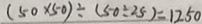
( 5 0 \times 5 0 ) \div ( 5 0 \div 2 5 ) = 1 2 5 0